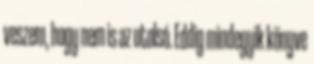
veszem, hogy nem is az utolsó. Eddig mindegyik könyve